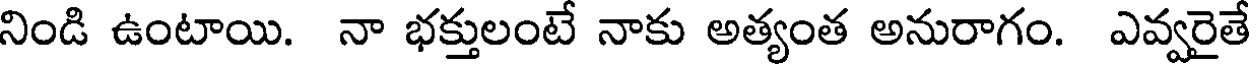
నిండి ఉంటాయి. నా భక్తులంటే నాకు అత్యంత అనురాగం. ఎవ్వరైతే